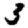
Digit: 3